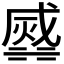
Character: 𣹹